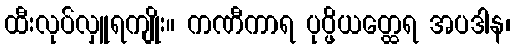
ထီးလုပ်လှူရကျိုး။ ကဏီကာရ ပုပ္ဖိယတ္ထေရ အပဒါန၊